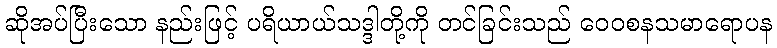
ဆိုအပ်ပြီးသော နည်းဖြင့် ပရိယာယ်သဒ္ဒါတို့ကို တင်ခြင်းသည် ဝေဝစနသမာရောပန